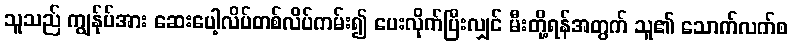
သူသည် ကျွန်ုပ်အား ဆေးပေါ့လိပ်တစ်လိပ်ကမ်း၍ ပေးလိုက်ပြီးလျှင် မီးတို့ရန်အတွက် သူ၏ သောက်လက်စ